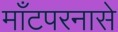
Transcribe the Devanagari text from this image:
माँटपरनासे